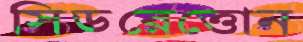
সিডরেত্তোন